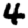
Digit: 4